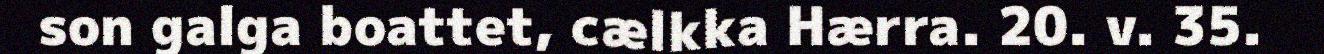
son galga boattet, cælkka Hærra. 20. v. 35.